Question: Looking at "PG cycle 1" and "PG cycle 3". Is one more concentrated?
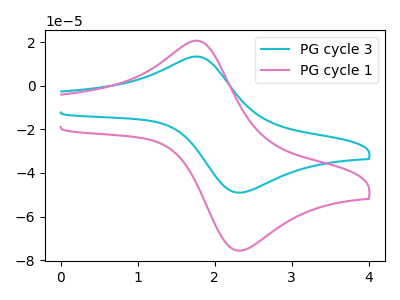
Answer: <think>The cyan curve "PG cycle 3" has an anodic peak at (1.75V, 13.40uA) and a cathodic peak at (2.40V, -48.90uA). The pink curve "PG cycle 1" has an anodic peak at (1.75V, 20.65uA) and a cathodic peak at (2.40V, -75.40uA).
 All the peaks in "PG cycle 1" have a peak in "PG cycle 3" at the same potential. Every peak in "PG cycle 1" is higher than every peak in "PG cycle 3".</think>
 <answer>"PG cycle 1" has more signal than "PG cycle 3" and so likely has a higher concentration.</answer>
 <eval>more_concentration</eval>